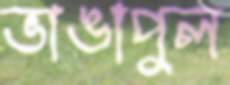
ভাঙাপুল